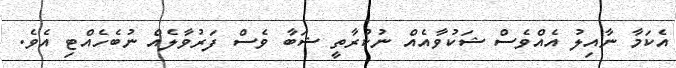
އެކަމާ ނާއިލު އެއްވެސް ޝަކުވާއެއް ނުކުރާތީ ޝަބާ ވެސް ފަރުވާލެއް ނުބެހެއްޓި އެވެ.